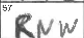
Transcription: RNW